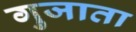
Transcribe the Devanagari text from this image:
गुजाता